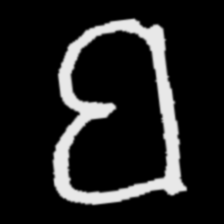
Pyu character \u2014 Myanmar letter: ဗ (romanized: ba)